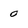
Character: 0